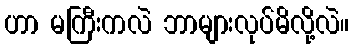
ဟာ မကြီးကလဲ ဘာများလုပ်မိလို့လဲ။